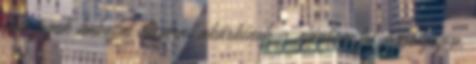
sem fogok habozni dicsérni akárkinek - ajánlom fel mosolyogva.